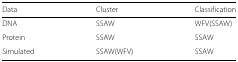
<table><thead><tr><td><b>Data</b></td><td><b>Cluster</b></td><td><b>Classification</b></td></tr></thead><tbody><tr><td>DNA</td><td>SSAW</td><td>WFV(SSAW)</td></tr><tr><td>Protein</td><td>SSAW</td><td>SSAW</td></tr><tr><td>Simulated</td><td>SSAW(WFV)</td><td>SSAW</td></tr></tbody></table>